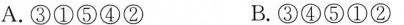
A.③①⑤④② B.③④⑤①②